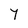
Character: Y